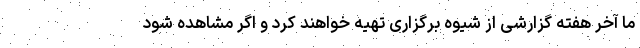
ما آخر هفته گزارشی از شیوه برگزاری تهیه خواهند کرد و اگر مشاهده شود